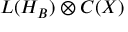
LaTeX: L ( H _ { B } ) \otimes C ( X )